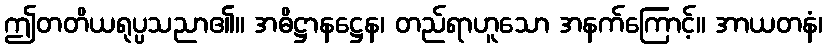
ဤတတိယရုပ္ပသညာ၏။ အဓိဋ္ဌာနဋ္ဌေန၊ တည်ရာဟူသော အနက်ကြောင့်။ အာယတနံ၊